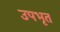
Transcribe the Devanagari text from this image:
उपभृत